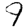
Digit: 9